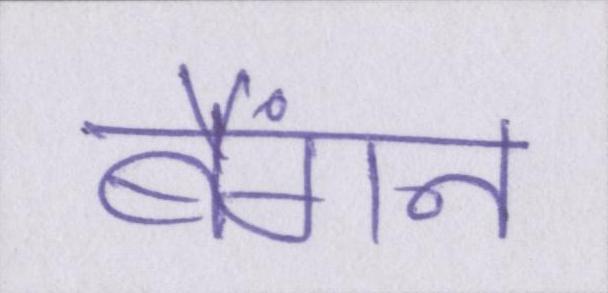
बैंगन